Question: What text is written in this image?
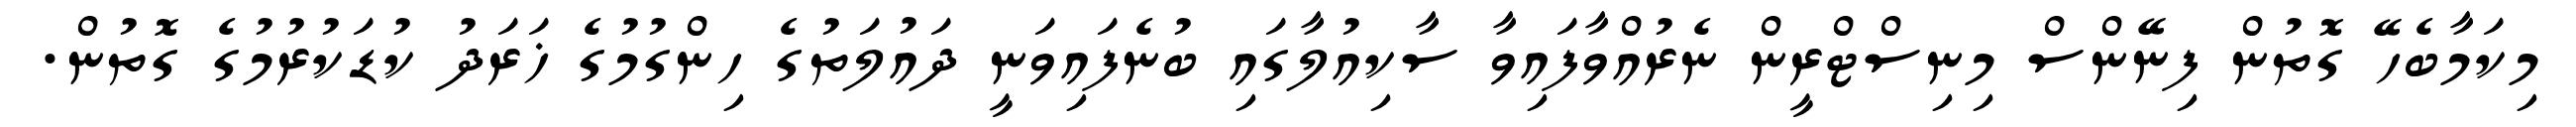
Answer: މިކަމާބެހޭ ގޮތުން ފިނޭންސް މިނިސްޓްރީން ނެރުއްވާފައިވާ ސާކިއުލާގައި ބުނެފައިވަނީ ދައުލަތުގެ ހިންގުމުގެ ޚަރަދު ކުޑަކުރުމުގެ ގޮތުން.